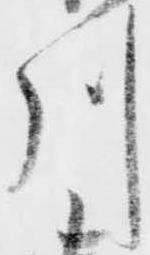
川